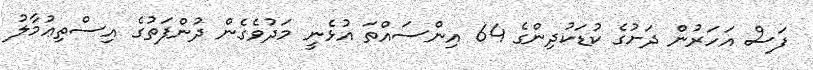
ފަސް އަހަރުން ދަށުގެ ކުޑަކުދިންގެ 64 އިންސައްތަ އުޅެނީ މަދުވެގެން ދުންފަތުގެ އިސްތިޢުމާލު